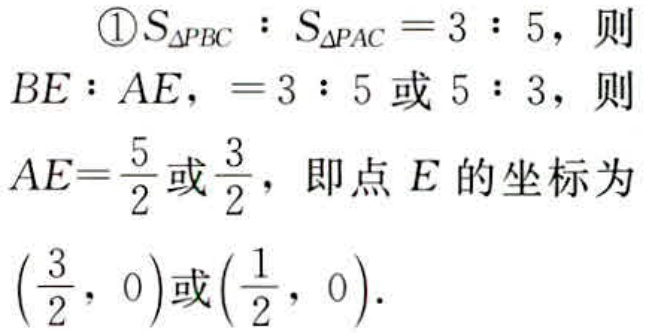
\textcircled{1}$S_{\triangle PBC}:S_{\triangle PAC}=3:5$，则
$BE:AE,=3:5$或$5:3$，则
$AE = \frac{5}{2}$或$\frac{3}{2}$，即点$E$的坐标为
$\left(\frac{3}{2},0\right)$或$\left(\frac{1}{2},0\right)$.